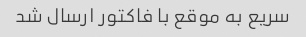
سریع به موقع با فاکتور ارسال شد